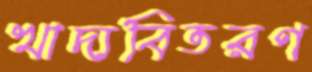
খাদ্যবিতরণ